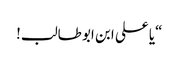
“یا علی ابن ابو طالب!